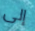
إلى